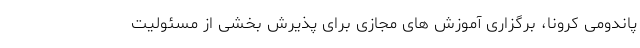
پاندومی کرونا، برگزاری آموزش های مجازی برای پذیرش بخشی از مسئولیت